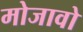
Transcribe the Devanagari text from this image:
मोजावो